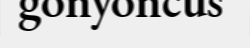
gonyoncus